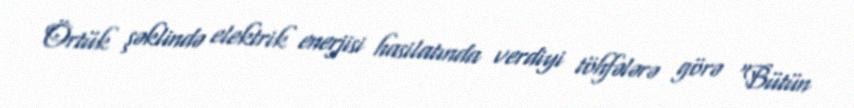
Örtük şəklində elektrik enerjisi hasilatında verdiyi töhfələrə görə "Bütün